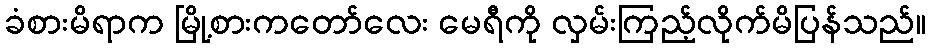
ခံစားမိရာက မြို့စားကတော်လေး မေရီကို လှမ်းကြည့်လိုက်မိပြန်သည်။